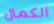
الكمال